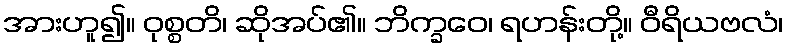
အားဟူ၍။ ဝုစ္စတိ၊ ဆိုအပ်၏။ ဘိက္ခဝေ၊ ရဟန်းတို့။ ဝီရိယဗလံ၊